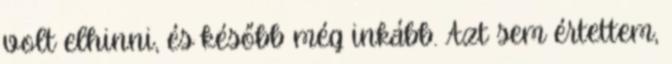
volt elhinni, és később még inkább. Azt sem értettem,